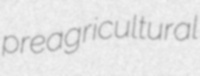
preagricultural